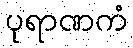
ပုရာဏကံ